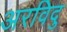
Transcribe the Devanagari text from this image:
अरविदु